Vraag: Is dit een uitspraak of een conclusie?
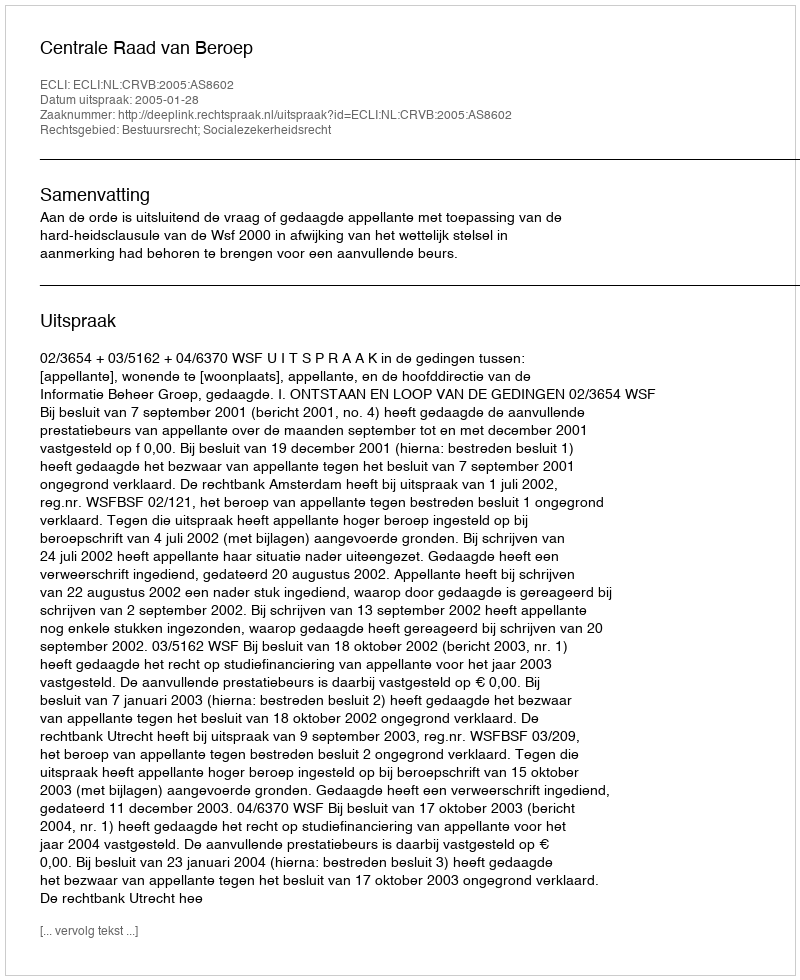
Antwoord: Uitspraak